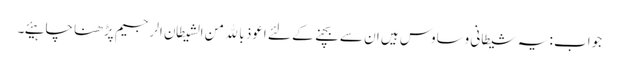
جواب : یہ شیطانی وساوس ہیں ان سے بچنے کے لئے اعوذ بالله من الشیطان الرجیم پڑھنا چاہیئے۔